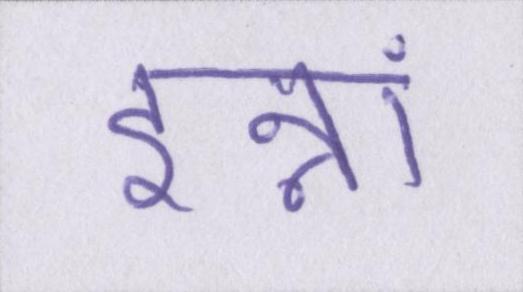
इन्नां